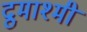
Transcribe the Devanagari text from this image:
द्रुमाश्मी